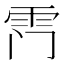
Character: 𮦅